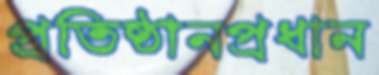
প্রতিষ্ঠানপ্রধান